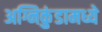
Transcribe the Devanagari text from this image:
अग्निकुंडामध्ये